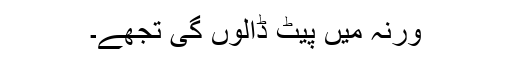
ورنہ میں پیٹ ڈالوں گی تجھے۔